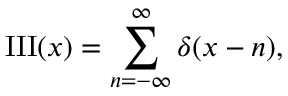
\operatorname { I I I } ( x ) = \sum _ { n = - \infty } ^ { \infty } \delta ( x - n ) ,